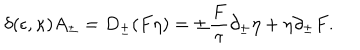
\delta ( \epsilon , \kappa ) A _ { \pm } = D _ { \pm } ( F \eta ) = \pm { \frac { F } { \tau } } \partial _ { \pm } \eta + \eta \partial _ { \pm } F .